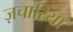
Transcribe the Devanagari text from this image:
ज़चारिया